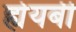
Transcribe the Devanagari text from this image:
ह्येयबी